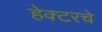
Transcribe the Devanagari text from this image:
हेक्टरचे